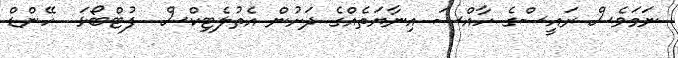
ނަމަވެސް ރައީސްގެ ހާއްސަ އިނާޔަތެއްގެ ދަށުން އެތުލެޓިކްސް  ފުޓްބޯޅަ  ހޭންޑް